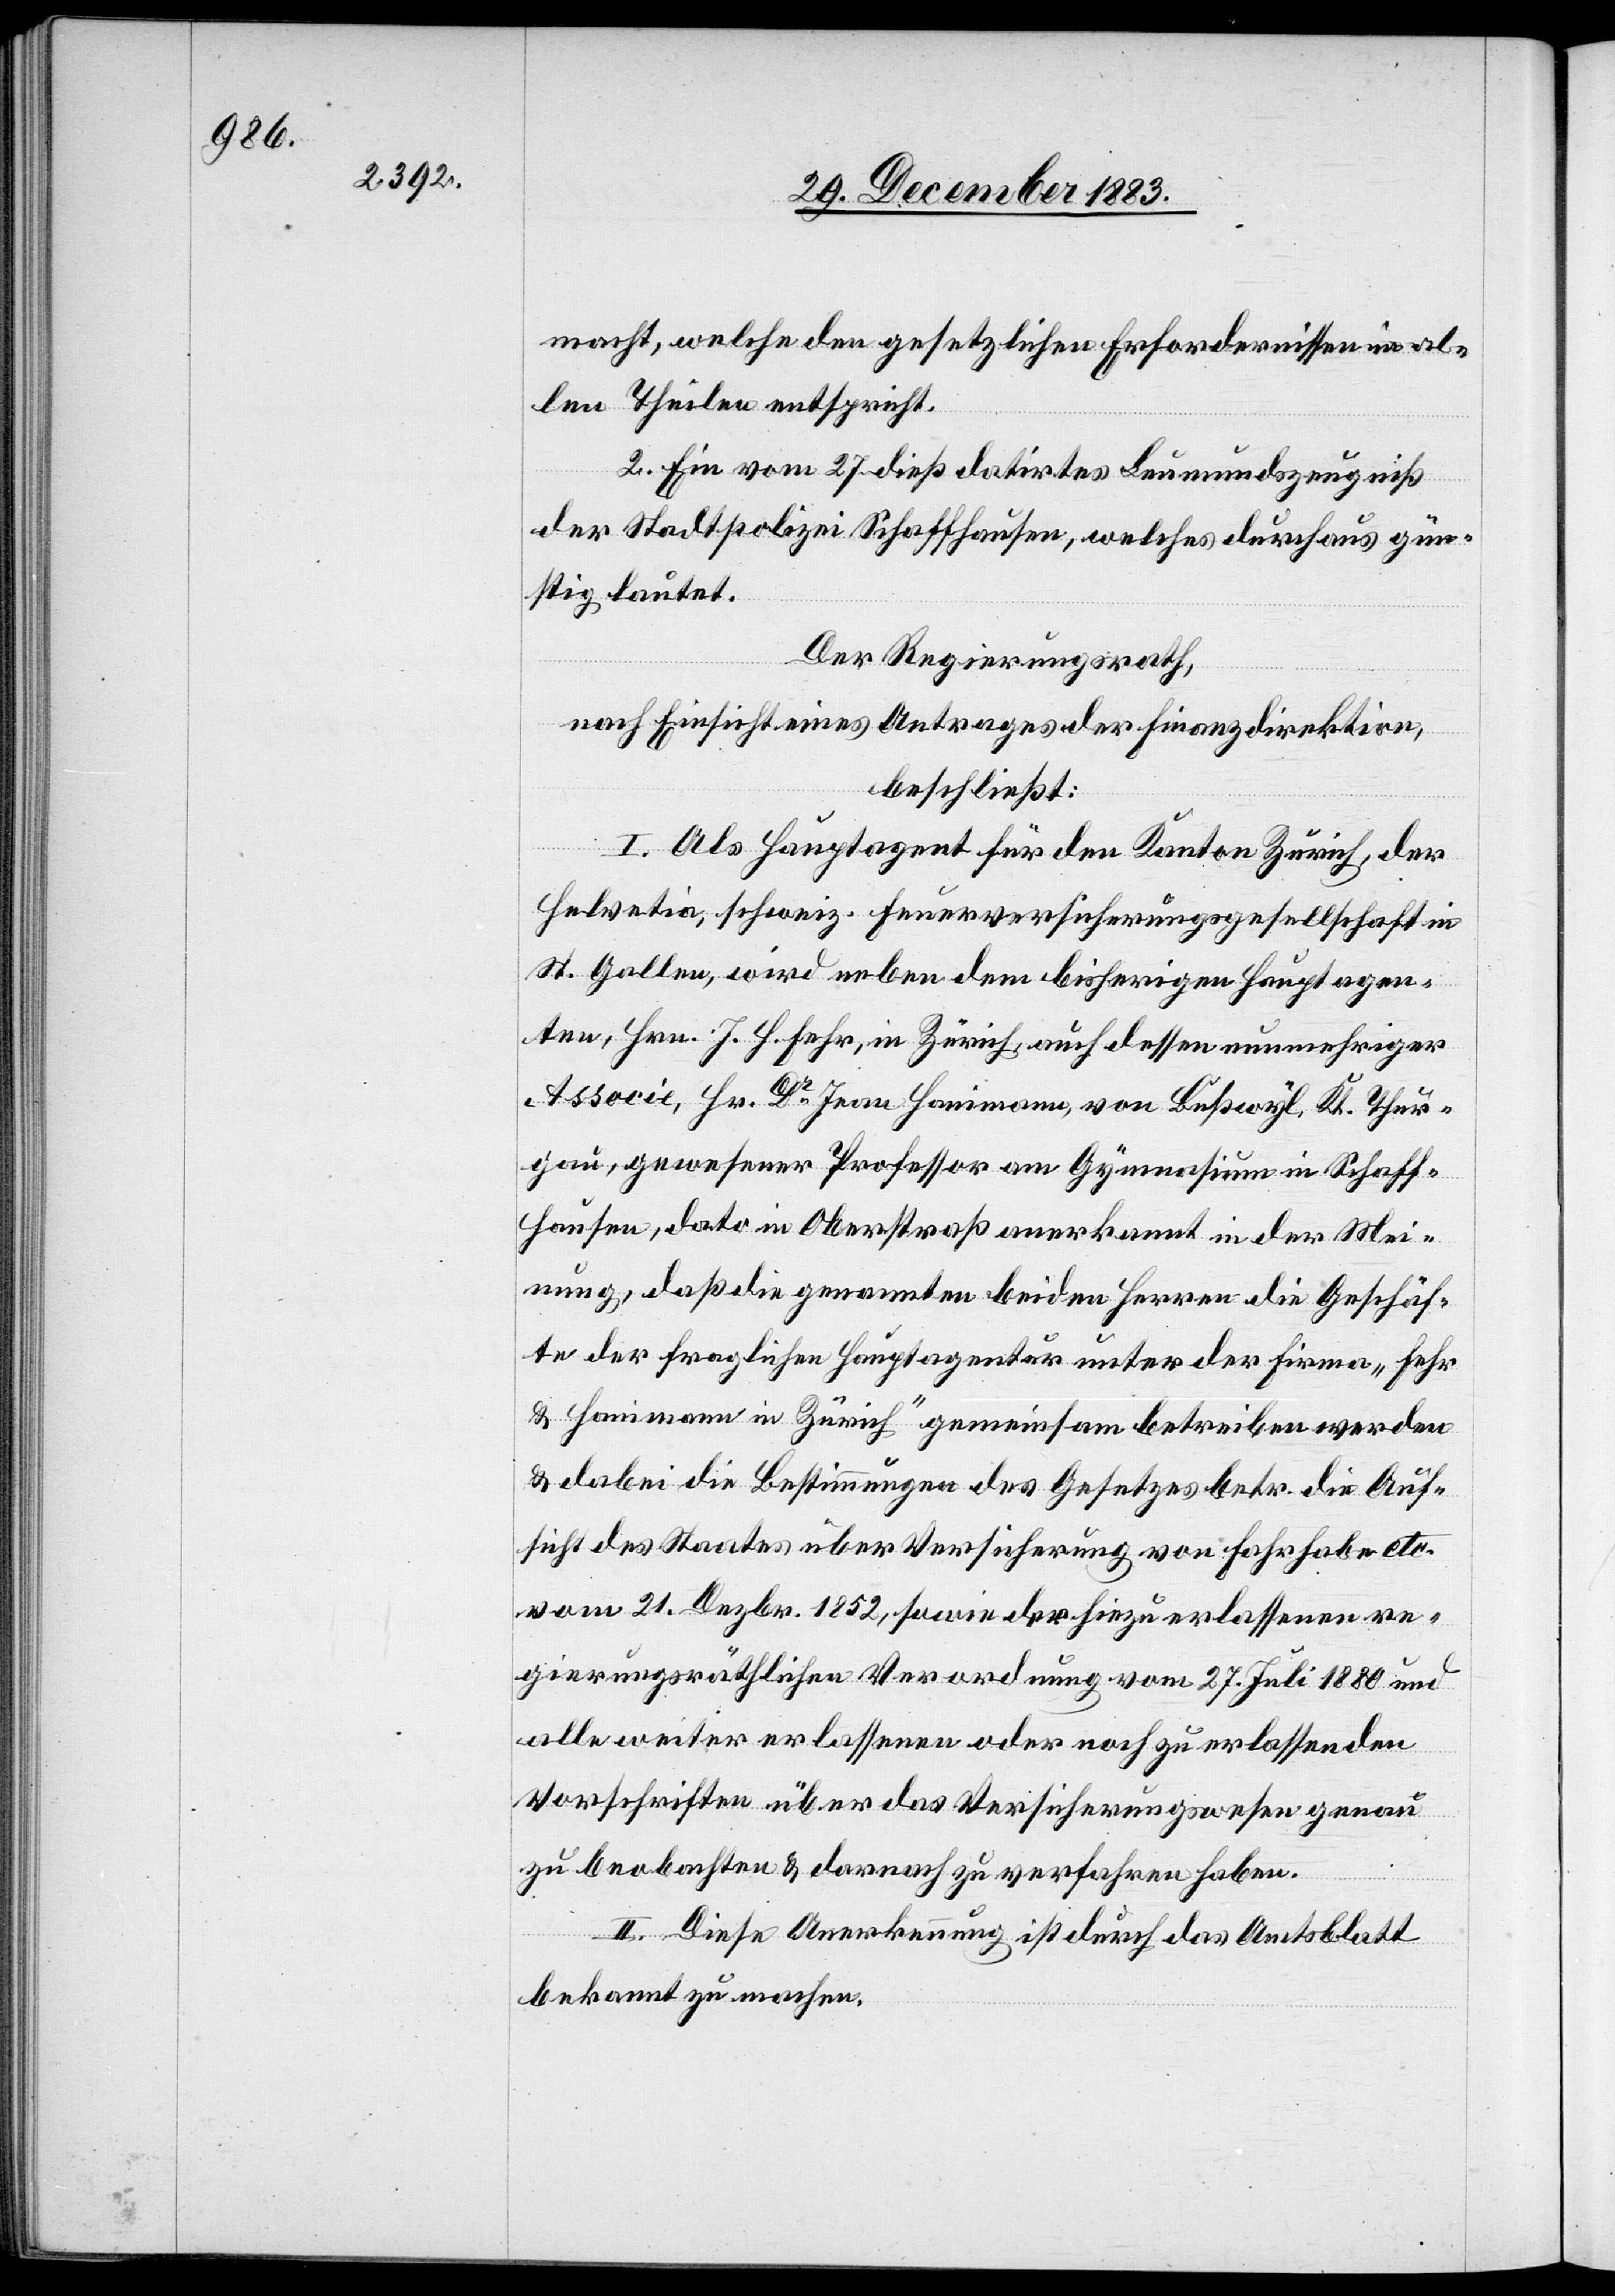
macht, welche den gesetzlichen Erfordernissen in al¬
len Theilen entspricht.
2. Ein vom 27. dieß datirtes Leumundszeugniß
der Stadtpolizei Schaffhausen, welches durchaus gün¬
stig lautet.
Der Regierungsrath,
nach Einsicht eines Antrages der Finanzdirektion,
beschließt:
I. Als Hauptagent für den Kanton Zürich, der
Helvetia, schweiz. Feuerversicherungsgesellschaft in
St. Gallen, wird neben dem bisherigen Hautagen¬
ten, Hrn. J. H. Fehr, in Zürich, auch dessen nunmehriger
Associe, Hr. Dr Jean Hanimann, von Bußwyl, Kt. Thur¬
gau, gewesener Professor am Gymnasium in Schaff¬
hausen, dato in Oberstraß anerkannt in der Mei¬
nung, daß die genannten beiden Herren die Geschäf¬
te der fraglichen Hauptagentur unter der Firma „Fehr
& Hanimann in Zürich“ gemeinsam betreiben werden
& dabei die Bestimmungen des Gesetzes betr. die Auf¬
sicht des Staates über die Versicherung von Fahrhabe etc.
vom 21. Dezbr. 1852, sowie der hiezu erlassenen re¬
gierungsräthlichen Verordnung vom 27. Juli 1880 und
aller weiter erlassenen oder noch zu erlassenden
Vorschriften über das Versicherungswesen genau
zu beobachten & darnach zu verfahren haben.
II. Diese Anerkennung ist durch das Amtsblatt
bekannt zu machen.